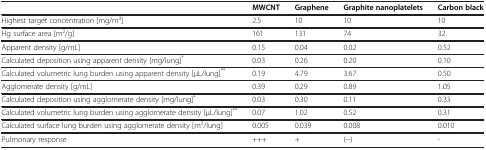
<table><thead><tr><td><b> </b></td><td><b>MWCNT</b></td><td><b>Graphene</b></td><td><b>Graphite nanoplatelets</b></td><td><b>Carbon black</b></td></tr></thead><tbody><tr><td>Highest target concentration [mg/m<sup>3</sup>]</td><td>2.5</td><td>10</td><td>10</td><td>10</td></tr><tr><td>Hg surface area [m<sup>2</sup>/g]</td><td>161</td><td>131</td><td>74</td><td>32</td></tr><tr><td>Apparent density [g/mL]</td><td>0.15</td><td>0.04</td><td>0.02</td><td>0.52</td></tr><tr><td>Calculated deposition using apparent density [mg/lung]<sup>*</sup></td><td>0.03</td><td>0.26</td><td>0.20</td><td>0.10</td></tr><tr><td>Calculated volumetric lung burden using apparent density [μL/lung]<sup>**</sup></td><td>0.19</td><td>4.79</td><td>3.67</td><td>0.50</td></tr><tr><td>Agglomerate density [g/mL]</td><td>0.39</td><td>0.29</td><td>0.89</td><td>1.05</td></tr><tr><td>Calculated deposition using agglomerate density [mg/lung]<sup>*</sup></td><td>0.03</td><td>0.30</td><td>0.11</td><td>0.33</td></tr><tr><td>Calculated volumetric lung burden using agglomerate density [μL/lung]<sup>**</sup></td><td>0.07</td><td>1.02</td><td>0.52</td><td>0.31</td></tr><tr><td>Calculated surface lung burden using agglomerate density [m<sup>2</sup>/lung]</td><td>0.005</td><td>0.039</td><td>0.008</td><td>0.010</td></tr><tr><td>Pulmonary response</td><td>+++</td><td>+</td><td>(−)</td><td>-</td></tr></tbody></table>